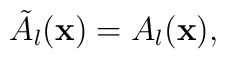
\tilde{A}_l({\bf x}) =A_l({\bf x}),